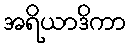
အရိယာဒိကာ